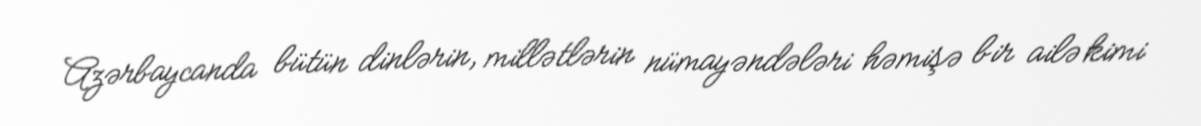
Azərbaycanda bütün dinlərin, millətlərin nümayəndələri həmişə bir ailə kimi